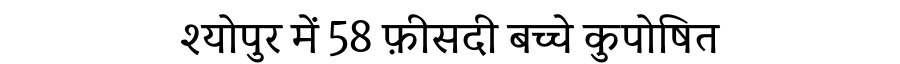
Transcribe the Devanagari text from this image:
श्योपुर में 58 फ़ीसदी बच्चे कुपोषित